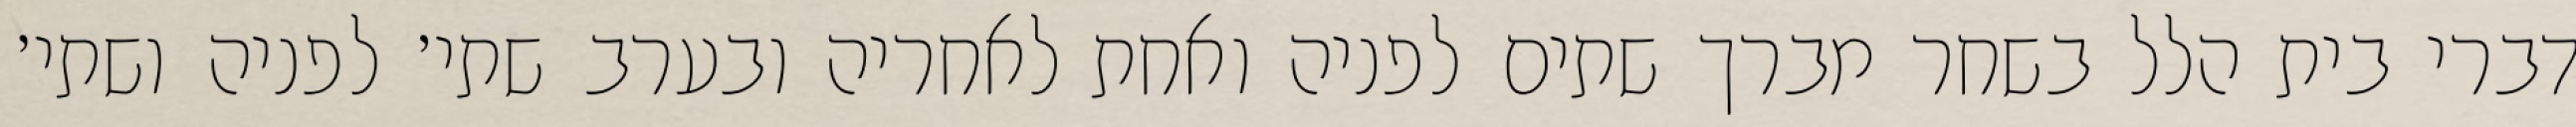
דברי בית הלל בשחר מברך שתים לפניה ואחת לאחריה ובערב שתי׳ לפניה ושתי׳